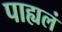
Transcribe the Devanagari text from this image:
पाह्यलं